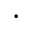
\cdot